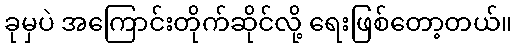
ခုမှပဲ အကြောင်းတိုက်ဆိုင်လို့ ရေးဖြစ်တော့တယ်။